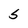
Character: S